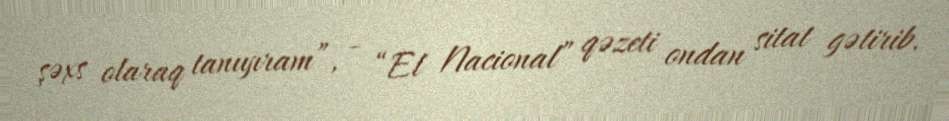
şəxs olaraq tanıyıram”, - “El Nacional” qəzeti ondan sitat gətirib.